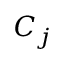
C _ { j }